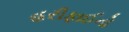
હરીફાઈનો